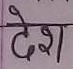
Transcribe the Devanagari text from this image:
देश